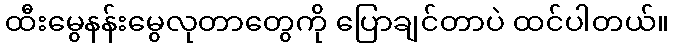
ထီးမွေနန်းမွေလုတာတွေကို ပြောချင်တာပဲ ထင်ပါတယ်။